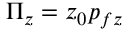
\Pi _ { z } = z _ { 0 } p _ { f z }